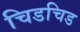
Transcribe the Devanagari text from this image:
चिडचिड